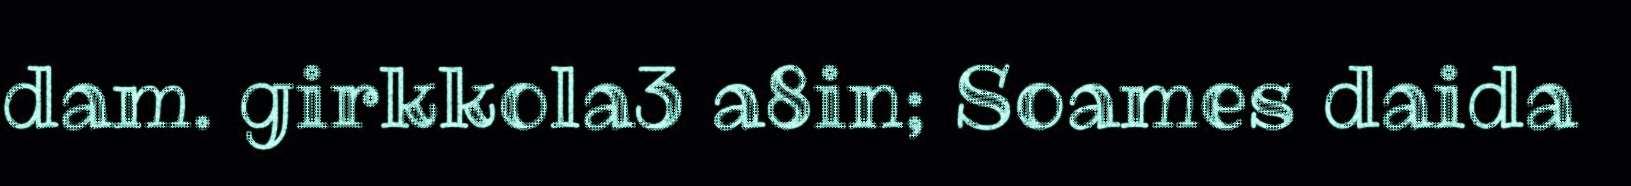
dam. girkkola3 a8in; Soames daida